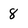
Character: 8